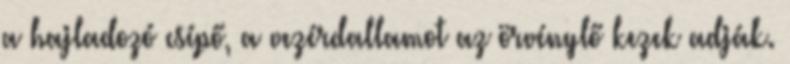
a hajladozó csípő, a vezérdallamot az örvénylő kezek adják.